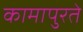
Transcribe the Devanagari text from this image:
कामापुरते